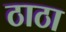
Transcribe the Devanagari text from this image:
ठाठा